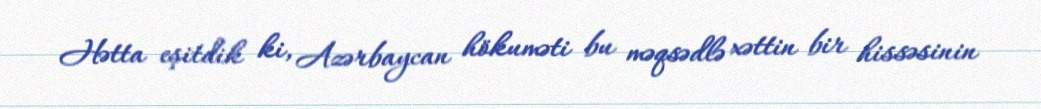
Hətta eşitdik ki, Azərbaycan hökuməti bu məqsədlə xəttin bir hissəsinin